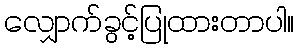
လျှောက်ခွင့်ပြုထားတာပါ။